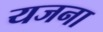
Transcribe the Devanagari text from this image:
यजना